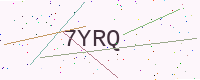
Text: 7YRQ